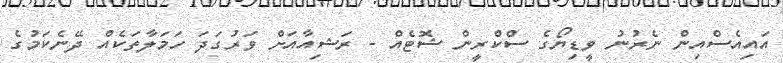
އައިއެސްއިން ނެރުނު ވީޑިޔޯގެ ސްކްރީން ޝޮޓެއް - ރަޝިއާއަށް ވަރުގަދަ ހަމަލާތަކެއް ދޭނެކަމުގެ